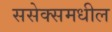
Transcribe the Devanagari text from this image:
ससेक्समधील